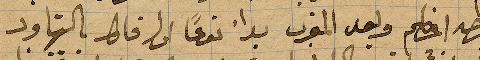
بدرجة اعظم وبعد المغرب بدا نوعًا ما مايل للتهاون